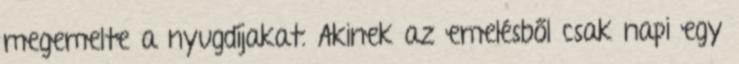
megemelte a nyugdíjakat. Akinek az emelésből csak napi egy